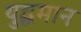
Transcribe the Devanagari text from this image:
युद्धमान